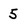
Character: 5